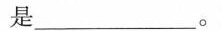
是___。